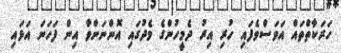
ހަރަކާތްތައް އަވަސްވެފައި ހުރި އިރު ދެމީހުންގެ މެދުގައި އޮންނަންވާ އިން ފަހަނަ އަޅައި